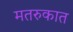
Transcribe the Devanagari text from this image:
मतरुकात